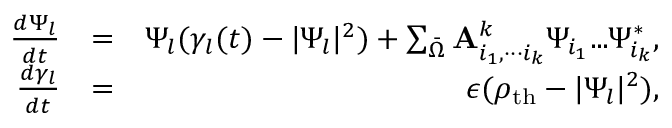
\begin{array} { r l r } { \frac { d \Psi _ { l } } { d t } } & { = } & { \Psi _ { l } ( \gamma _ { l } ( t ) - | \Psi _ { l } | ^ { 2 } ) + \sum _ { \bar { \Omega } } { \bf A } _ { i _ { 1 } , { \tiny { \cdot \cdot \cdot } } i _ { k } } ^ { k } \Psi _ { i _ { 1 } } { \tiny { . . . } } \Psi _ { i _ { k } } ^ { * } , } \\ { \frac { d \gamma _ { l } } { d t } } & { = } & { \epsilon ( \rho _ { \mathrm { t h } } - | \Psi _ { l } | ^ { 2 } ) , } \end{array}